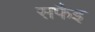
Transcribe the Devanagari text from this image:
सफैइ